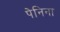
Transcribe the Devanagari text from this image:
पेनिना